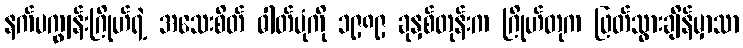
နက်ပကျွန်းဂြိုဟ်ရဲ့ အသေးစိတ် ဓါတ်ပုံကို ၁၉၈၉ ခုနှစ်တုန်းက ဂြိုဟ်တုက ဖြတ်သွားချိန်မှာသာ